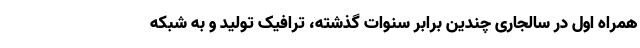
همراه اول در سالجاری چندین برابر سنوات گذشته، ترافیک تولید و به شبکه